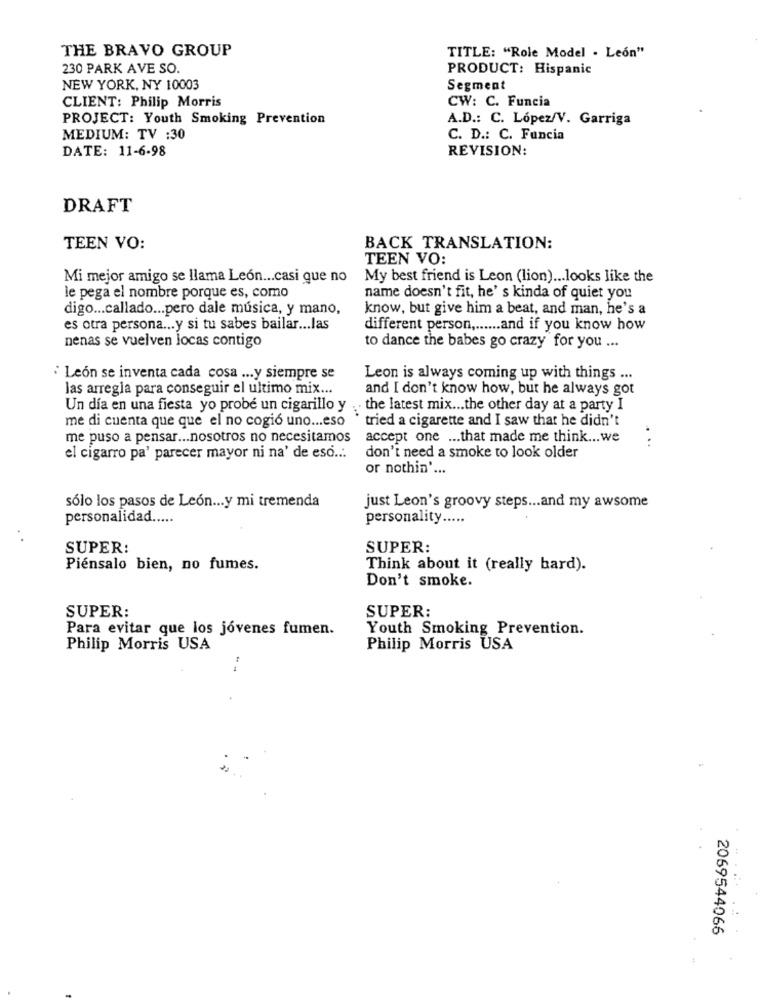
THE BRAVO GROUP
TITLE: "Role Model . Leon"
230 PARK AVE SO.
PRODUCT: Hispanic
NEW YORK, NY 10003
Segment
CLIENT: Philip Morris
CW: C. Funcia
PROJECT: Youth Smoking Prevention
A.D .: C. López/V. Garriga
MEDIUM: TV :30
C. D .: C. Funcia
DATE: 11-6-98
REVISION:
DRAFT
TEEN VO:
BACK TRANSLATION:
TEEN VO:
Mi mejor amigo se llama León ... casi que no
My best friend is Leon (lion) ... looks like the
le pega el nombre porque es, como
name doesn't fit, he's kinda of quiet you
digo ... callado ... pero dale música, y mano,
know, but give him a beat, and man, he's a
es otra persona ... y si tu sabes bailar ... las
different person ,...... and if you know how
nenas se vuelven locas contigo
to dance the babes go crazy for you ...
Leon se inventa cada cosa ... y siempre se
Leon is always coming up with things ...
las arregla para conseguir el ultimo mix ...
and I don't know how, but he always got
Un día en una fiesta yo probe un cigarillo y .the latest mix ... the other day at a party I
me di cuenta que que el no cogió uno ... eso
tried a cigarette and I saw that he didn't
me puso a pensar ... nosotros no necesitamos
accept one ... that made me think ... we
....
el cigarro pa' parecer mayor ni na' de eso ...
don't need a smoke to look older
or nothin' ...
sólo los pasos de León ... y mi tremenda
just Leon's groovy steps ... and my awsome
personalidad .....
personality .....
SUPER:
SUPER:
Piénsalo bien, no fumes.
Think about it (really hard).
Don't smoke.
SUPER:
SUPER:
Para evitar que los jóvenes fumen.
Youth Smoking Prevention.
Philip Morris USA
Philip Morris USA
2069544066